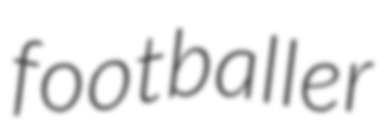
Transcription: footballer